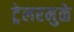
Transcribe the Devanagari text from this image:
ट्रेलरमुळे